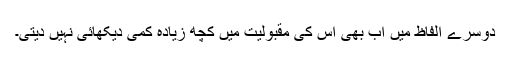
دوسرے الفاظ میں اب بھی اس کی مقبولیت میں کچھ زیادہ کمی دیکھائی نہیں دیتی۔